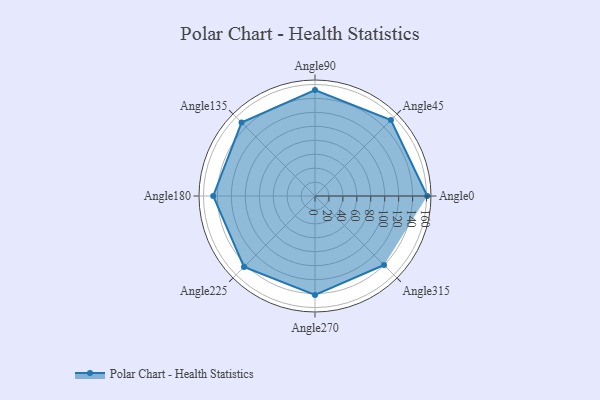
{"axis": {"x": "Angle", "y": "Radius"}, "legend": [""], "data": [{"x": "Angle0", "y": 161.0, "type": ""}, {"x": "Angle45", "y": 154.0, "type": ""}, {"x": "Angle90", "y": 152.0, "type": ""}, {"x": "Angle135", "y": 149.0, "type": ""}, {"x": "Angle180", "y": 146.0, "type": ""}, {"x": "Angle225", "y": 144.0, "type": ""}, {"x": "Angle270", "y": 142.0, "type": ""}, {"x": "Angle315", "y": 140.0, "type": ""}]}